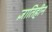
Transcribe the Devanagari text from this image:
ज्ञातिहीन